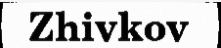
Zhivkov